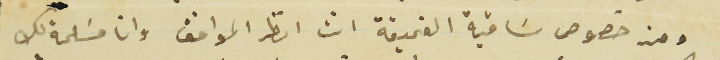
ومن خصوص ساقية الغميقة انت انظر الموافق وانا مسَلمة بك